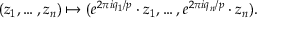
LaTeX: ( z _ { 1 } , \ldots , z _ { n } ) \mapsto ( e ^ { 2 \pi i q _ { 1 } / p } \cdot z _ { 1 } , \ldots , e ^ { 2 \pi i q _ { n } / p } \cdot z _ { n } ) .